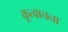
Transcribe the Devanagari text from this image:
कूत्वाचना